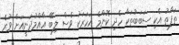
ތަފާތު އެކި ސަބަބުތަކާ ހެދި ކޮންމެ އަހަރަކު ވެސް ލިބޭ އާއްމުދަނީއަށް ވުރެ